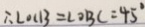
\therefore \angle O C B = \angle O B C = 4 5 ^ { \circ }